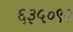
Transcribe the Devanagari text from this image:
६३५०९२